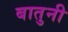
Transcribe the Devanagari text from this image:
बातुनी